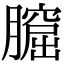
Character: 𦡆